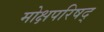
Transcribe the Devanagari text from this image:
मोक्षपरिषद्